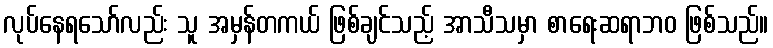
လုပ်နေရသော်လည်း သူ အမှန်တကယ် ဖြစ်ချင်သည့် အာသီသမှာ စာရေးဆရာဘဝ ဖြစ်သည်။